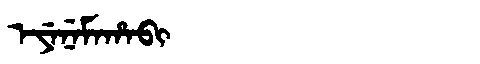
Manchu: ᡝᠶᡝᠨᡝᠮᠠᡥᠠᠪᡳ
Romanization: EYENEMAHABI